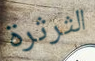
الثرثرة